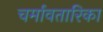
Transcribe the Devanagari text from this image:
चर्मावतारिका